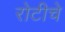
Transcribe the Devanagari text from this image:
रोटीचे